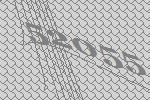
52055